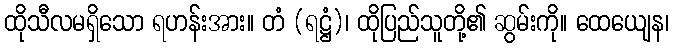
ထိုသီလမရှိသော ရဟန်းအား။ တံ (ရဋ္ဌံ)၊ ထိုပြည်သူတို့၏ ဆွမ်းကို။ ထေယျေန၊